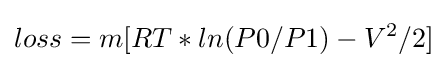
loss=m[RT*ln(P0/P1)-V^{2}/2]